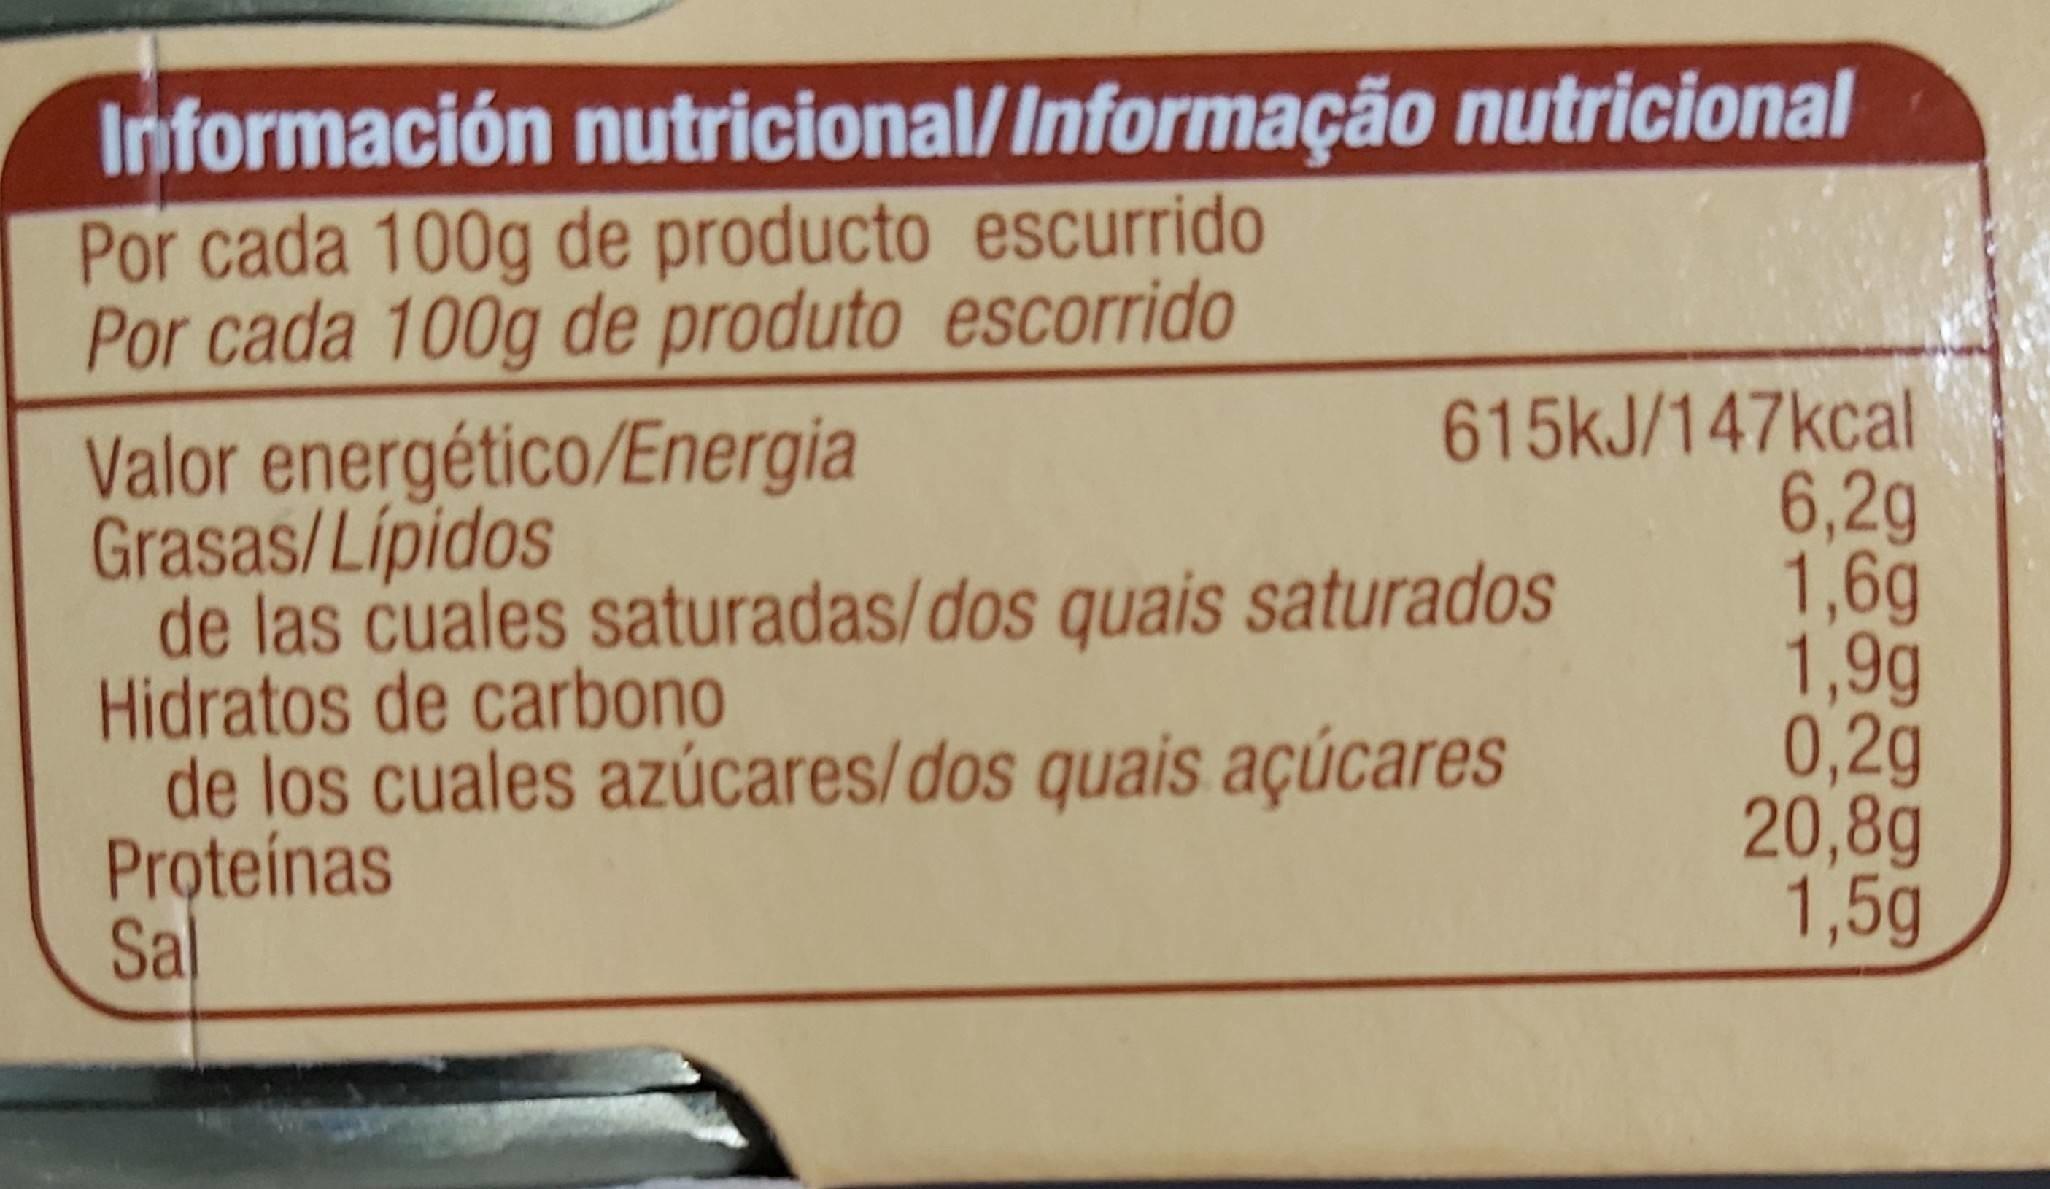
Información nutricional/Informação nutricional Por cada 100g de producto escurrido Por cada 100g de produto escorrido
Valor energético/Energia Grasas/Lipidos de las cuales saturadas/dos quais saturados Hidratos de carbono de los cuales azúcares/dos quais açúcares Proteínas Sal
615KJ/147kcal 6,2g 1,6g 1,9g 0,2g 20,8g 1,5g